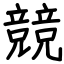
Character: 競